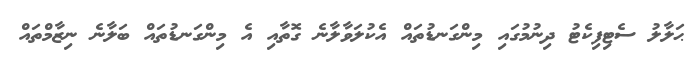
ޙަލާލު ސެޓިފިކެޓު ދިނުމުގައި މިންގަނޑުތައް އެކުލަވާލާނެ ގޮތާއި އެ މިންގަނޑުތައް ބަލާނެ ނިޒާމްތައް